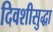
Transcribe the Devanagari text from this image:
दिवशीसुद्धा